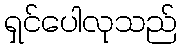
ရှင်ပေါလုသည်